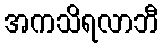
အကသိရလာဘီ